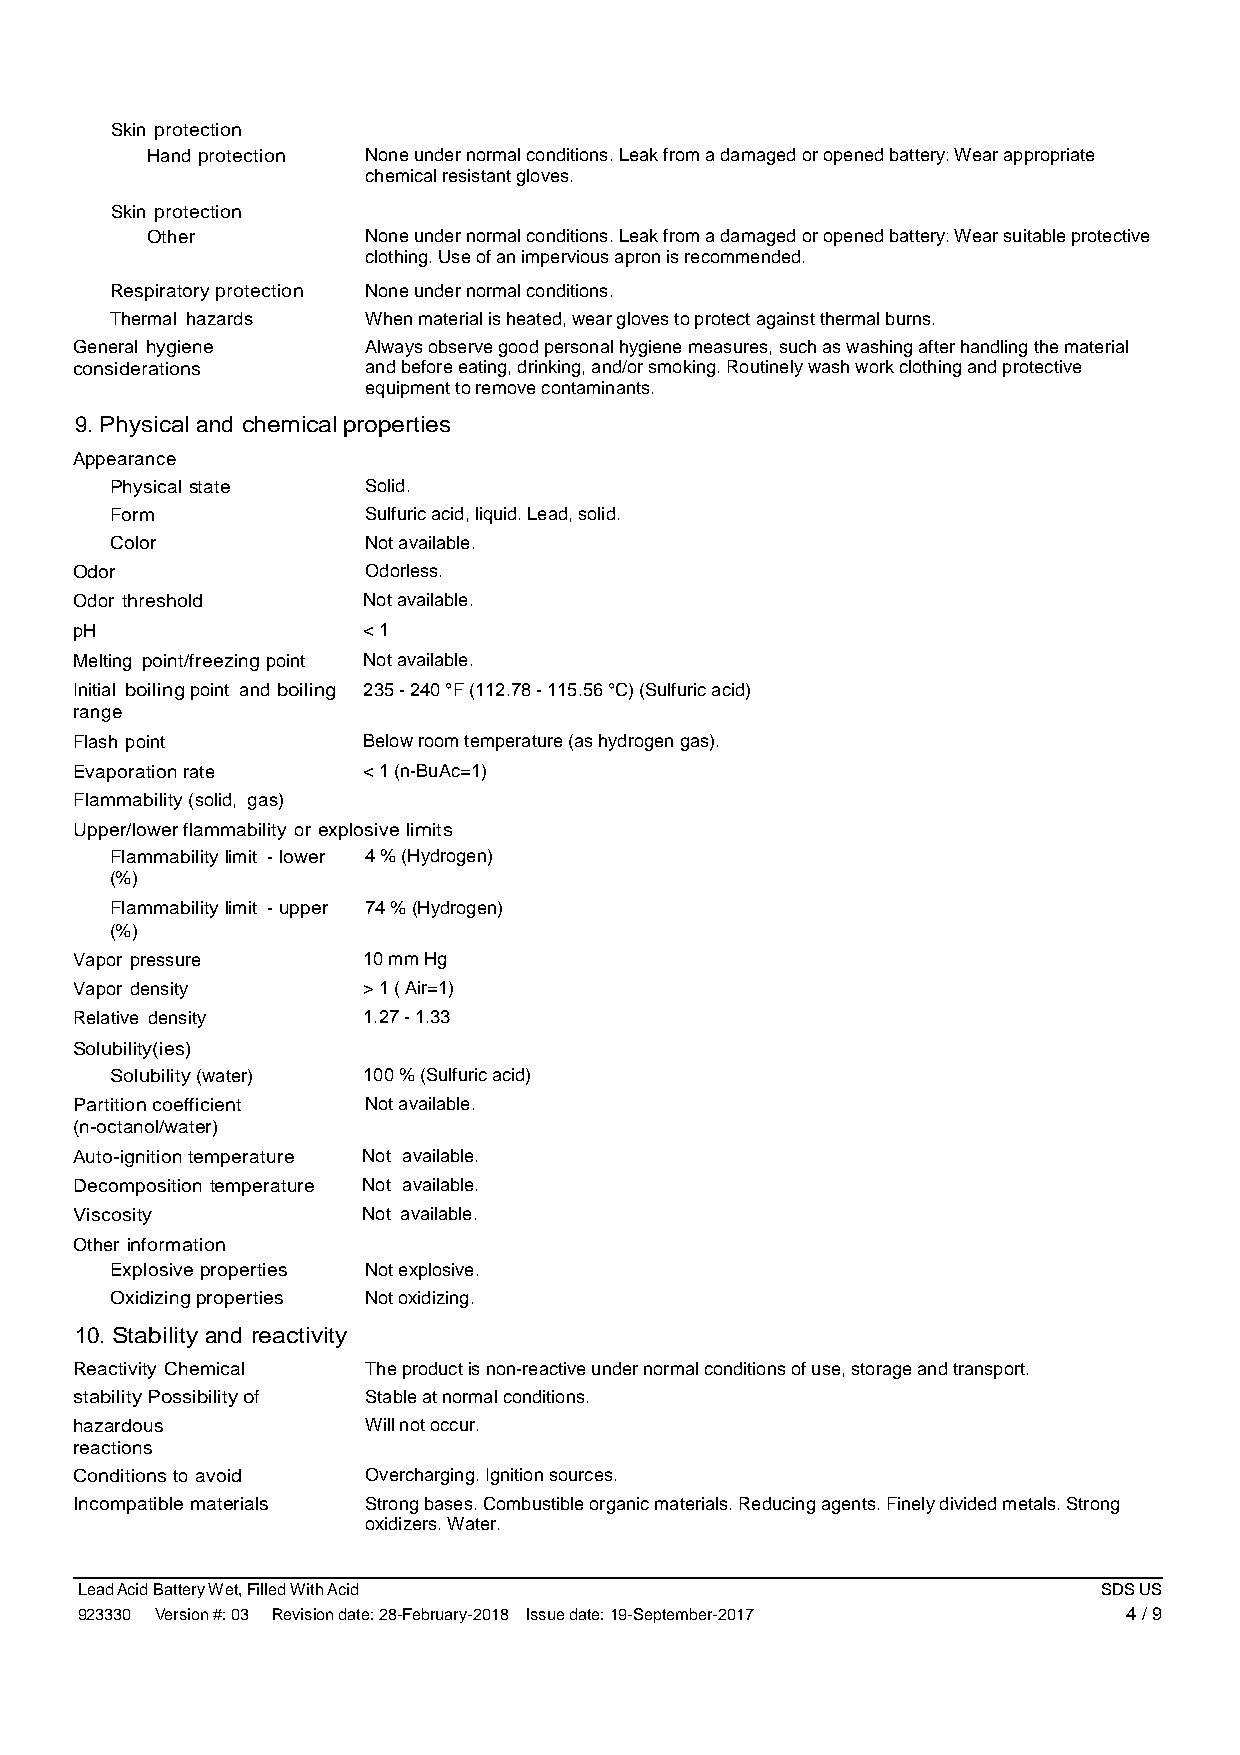
Skin protection
 Hand protection Noneundernormalconditions.Leakfromadamagedoropenedbattery:Wearappropriate
 chemicalresistantgloves.
 Skin protection
 Other         Noneundernormalconditions.Leakfromadamagedoropenedbattery:Wearsuitableprotective
 clothing.Useofanimperviousapronisrecommended.
 Respiratoryprotection Noneundernormalconditions.
 Thermal hazards  Whenmaterialisheated,wearglovestoprotectagainstthermalburns.
 General hygiene    Alwaysobservegoodpersonalhygienemeasures,suchaswashingafterhandlingthematerial
 considerations     andbeforeeating,drinking,and/orsmoking.Routinelywashworkclothingandprotective
 equipmenttoremovecontaminants.
 9. Physical and chemicalproperties
 Appearance
 Physical state   Solid.
 Form             Sulfuricacid,liquid.Lead,solid.
 Color            Notavailable.
 Odor               Odorless.
 Odor threshold     Notavailable.
 pH                 <1
 Melting point/freezingpoint Notavailable.
 Initial boilingpoint and boiling 235-240°F(112.78-115.56°C)(Sulfuricacid)
 range
 Flash point        Belowroomtemperature(ashydrogengas).
 Evaporationrate    <1(n-BuAc=1)
 Flammability(solid, gas)
 Upper/lowerflammability or explosivelimits
 Flammabilitylimit -lower 4%(Hydrogen)
 (%)
 Flammabilitylimit -upper 74%(Hydrogen)
 (%)
 Vapor pressure     10mmHg
 Vapor density      >1(Air=1)
 Relative density   1.27-1.33
 Solubility(ies)
 Solubility(water) 100%(Sulfuricacid)
 Partitioncoefficient Notavailable.
 (n-octanol/water)
 Auto-ignitiontemperature Not available.
 Decomposition temperature Not available.
 Viscosity          Not available.
 Other information
 Explosiveproperties Notexplosive.
 Oxidizingproperties Notoxidizing.
 10. Stability and reactivity
 Reactivity Chemical Theproductisnon-reactiveundernormalconditionsofuse,storageandtransport.
 stabilityPossibilityof Stableatnormalconditions.
 hazardous          Willnotoccur.
 reactions
 Conditionsto avoid Overcharging.Ignitionsources.
 Incompatiblematerials Strongbases.Combustibleorganicmaterials.Reducingagents.Finelydividedmetals.Strong
 oxidizers.Water.
 LeadAcidBatteryWet,FilledWithAcid                                   SDSUS
 923330 Version#:03 Revisiondate:28-February-2018 Issuedate:19-September-2017 4/9